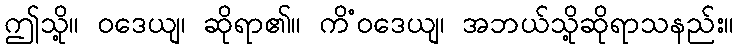
ဤသို့။ ဝဒေယျ၊ ဆိုရာ၏။ ကိံဝဒေယျ၊ အဘယ်သို့ဆိုရာသနည်း။